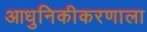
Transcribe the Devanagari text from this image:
आधुनिकीकरणाला